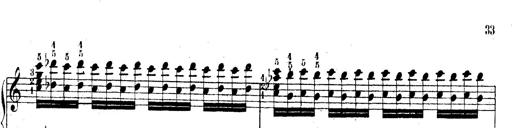
Title: Technische Studien
Composer: Franz Liszt